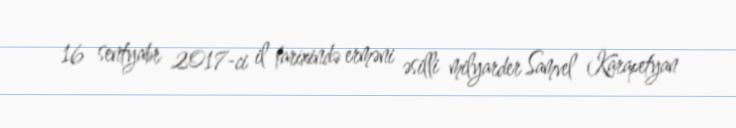
16 sentyabr 2017-ci il tarixində erməni əsilli milyarder Samvel Karapetyan